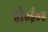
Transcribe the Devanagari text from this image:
डी॰ई॰ए